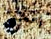
إسمعيني